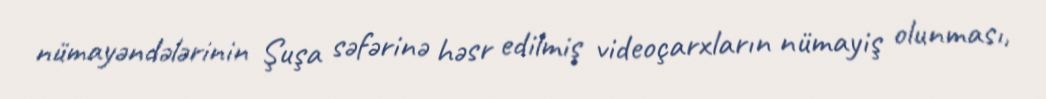
nümayəndələrinin Şuşa səfərinə həsr edilmiş videoçarxların nümayiş olunması,